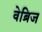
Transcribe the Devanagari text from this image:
वेब्रिज